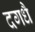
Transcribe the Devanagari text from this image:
दगधै